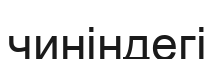
чиніндегі